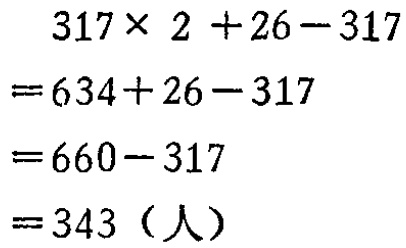
\[
\begin{align*}
&317\times 2 + 26 - 317\\
=&634 + 26 - 317\\
=&660 - 317\\
=&343（人）
\end{align*}
\]